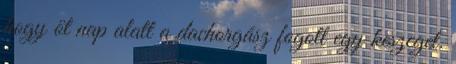
hogy öt nap alatt a dachorgász fogott egy keszeget.